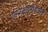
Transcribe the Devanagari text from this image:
एग्जिसटेनशिअल